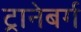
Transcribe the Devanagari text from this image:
ट्रानेबर्ग